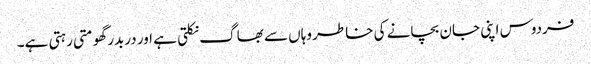
فردوس اپنی جان بچانے کی خاطر وہاں سے بھاگ نکلتی ہے اور دربدر گھومتی رہتی ہے۔